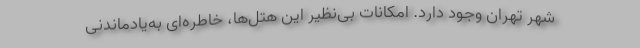
شهر تهران وجود دارد. امکانات بی‌نظیر این هتل‌ها، خاطره‌ای به‌یادماندنی